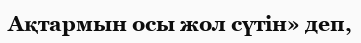
Ақтармын осы жол сүтін» деп,